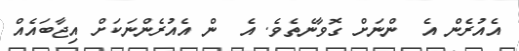
އެއުރެން އެ  ންނަށް ގޮވާނެތެވެ. އެ  ން އެއުރެންނަކަށް އިޖާބައެއް